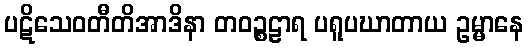
ပဋိသေဝတီတိအာဒိနာ တဝဉ္စဠာရ ပရူပဃာတာယ ဥမ္မာနေ